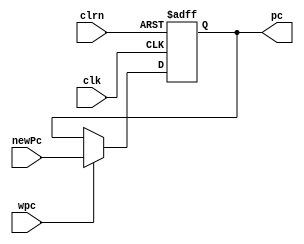
`timescale 1ns / 1ps
//////////////////////////////////////////////////////////////////////////////////
// Company: 
// Engineer: 
// 
// Design Name: 
// Module Name:    pipe_ip 
// Project Name: 
// Target Devices: 
// Tool versions: 
// Description: 
//
// Dependencies: 
//
// Revision: 
// Revision 0.01 - File Created
// Additional Comments: 
//
//////////////////////////////////////////////////////////////////////////////////
module pipe_ip(clk,clrn,newPc,wpc,pc
    );
	 input clk,clrn;
	 input [31:0] newPc;
	 input wpc;
	 
	 output [31:0] pc;
	 
	 reg [31:0] pc;
	 
	 always @ (posedge clk or negedge clrn) 
		begin
			if(clrn == 0) pc <= 0;
			else if(wpc)			pc <= newPc;
		end
	initial 
		begin
			pc = 0;
		end
endmodule